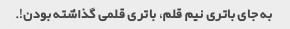
به جای باتری نیم قلم، باتری قلمی گذاشته بودن!.